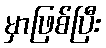
မှာဖြစ်ပြီး